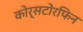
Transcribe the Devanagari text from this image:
कोर्सटोरफिन